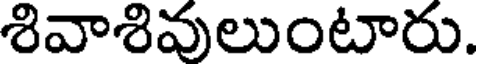
శివాశివులుంటారు.